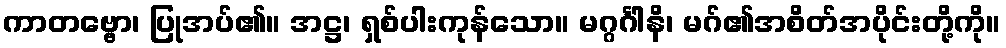
ကာတဗ္ဗော၊ ပြုအပ်၏။ အဋ္ဌ၊ ရှစ်ပါးကုန်သော။ မဂ္ဂင်္ဂါနိ၊ မဂ်၏အစိတ်အပိုင်းတို့ကို။